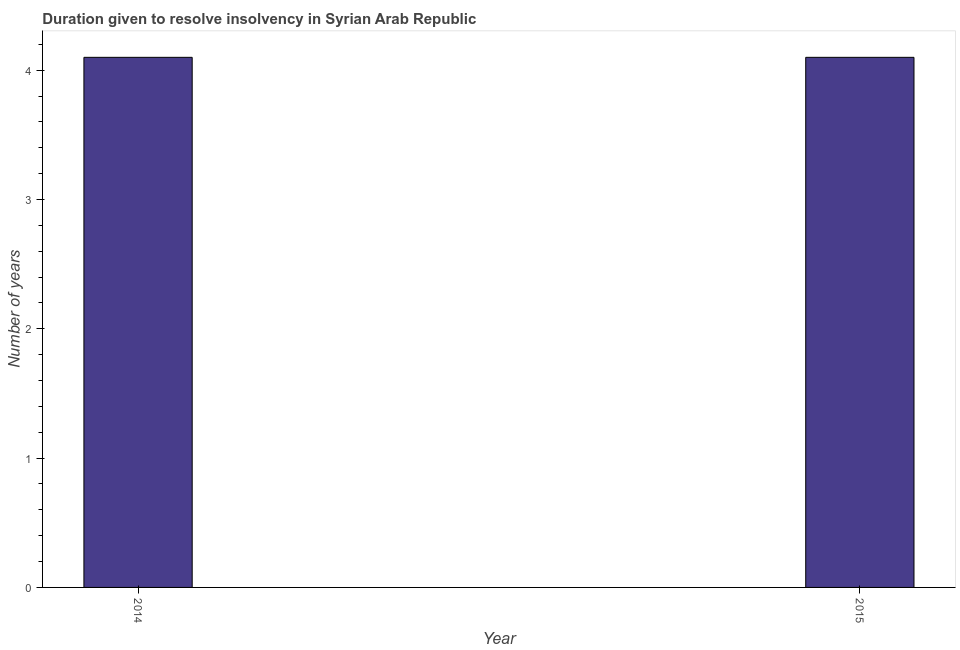
| Year | Resolve insolvency |
 | --- | --- |
 | 2014 | 4.1 |
 | 2015 | 4.1 |